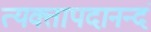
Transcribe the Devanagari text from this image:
त्यक्तापदानन्दं